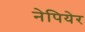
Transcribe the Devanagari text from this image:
नेपियेर